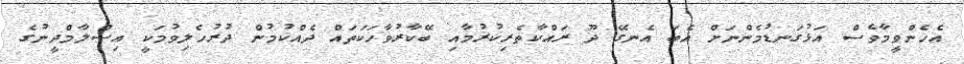
އެހެންވީމާވެސް އަޅުގަނޑުމެންނަށް އެބަ އެނގޭ ދޫ ރައްކާތެރިކުރުމާއި ބޭކާރުވާހަކަތައް ދެއްކުމުން ދުރުހެލިވުމަކީ އިސްލާމްދީނުގެ